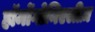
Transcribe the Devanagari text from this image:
हॉर्मोगोनिएलीज़